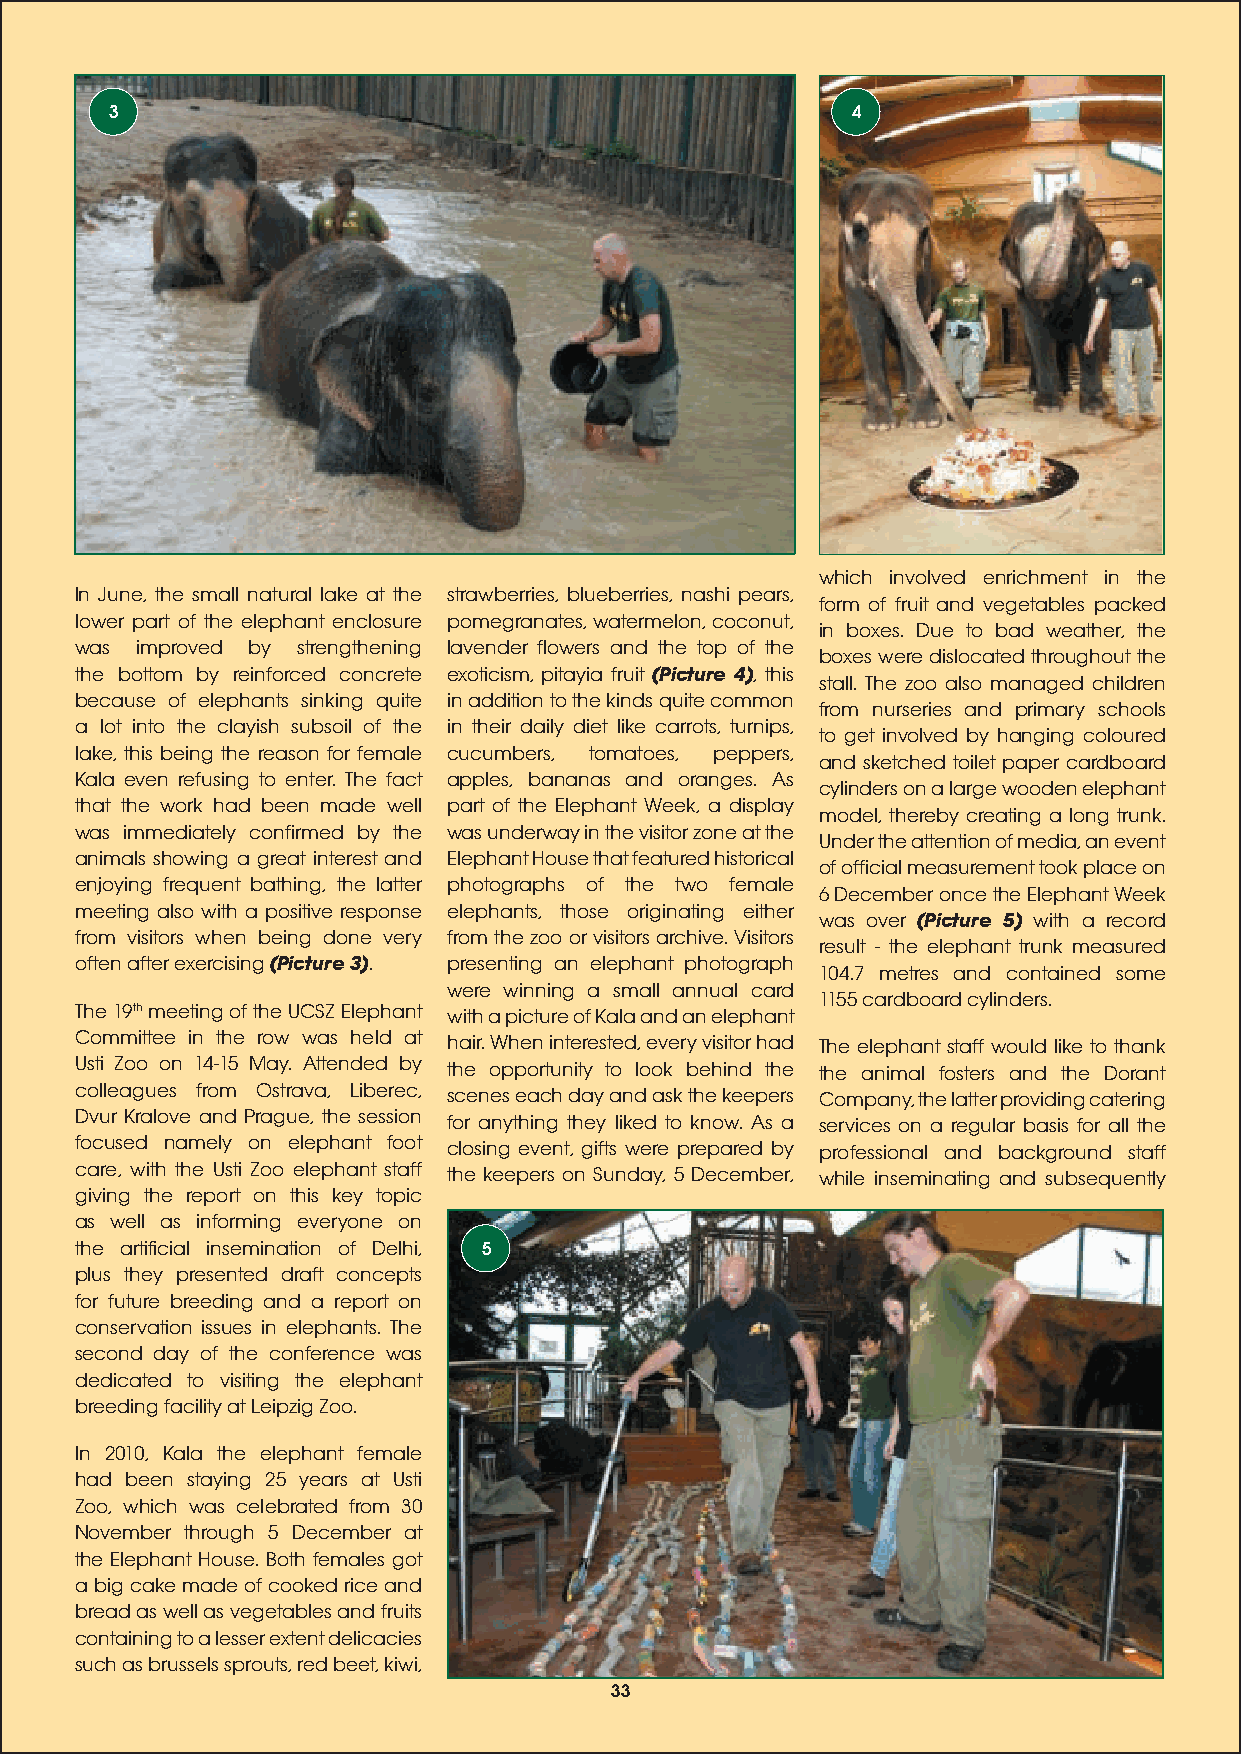
3                                                4
 which involved enrichment in the
 In June, the small natural lake at the strawberries, blueberries, nashi pears,
 form of fruit and vegetables packed
 lower part of the elephant enclosure pomegranates, watermelon, coconut,
 in boxes. Due to bad weather, the
 was improved by strengthening lavender flowers and the top of the
 boxes were dislocated throughout the
 the bottom by reinforced concrete exoticism, pitayia fruit (Picture 4), this
 stall. The zoo also managed children
 because of elephants sinking quite in addition to the kinds quite common
 from nurseries and primary schools
 a lot into the clayish subsoil of the in their daily diet like carrots, turnips,
 to get involved by hanging coloured
 lake, this being the reason for female cucumbers, tomatoes, peppers,
 and sketched toilet paper cardboard
 Kala even refusing to enter. The fact apples, bananas and oranges. As
 cylinders on a large wooden elephant
 that the work had been made well part of the Elephant Week, a display
 model, thereby creating a long trunk.
 was immediately confirmed by the was underway in the visitor zone at the
 Under the attention of media, an event
 animals showing a great interest and Elephant House that featured historical
 of official measurement took place on
 enjoying frequent bathing, the latter photographs of the two female
 6 December once the Elephant Week
 meeting also with a positive response elephants, those originating either
 was over (Picture 5) with a record
 from visitors when being done very from the zoo or visitors archive. Visitors
 result - the elephant trunk measured
 often after exercising (Picture 3). presenting an elephant photograph
 104.7 metres and contained some
 were winning a small annual card
 1155 cardboard cylinders.
 The 19th meeting of the UCSZ Elephant with a picture of Kala and an elephant
 Committee in the row was held at hair. When interested, every visitor had The elephant staff would like to thank
 Usti Zoo on 14-15 May. Attended by the opportunity to look behind the the animal fosters and the Dorant
 colleagues from Ostrava, Liberec, scenes each day and ask the keepers Company, the latter providing catering
 Dvur Kralove and Prague, the session for anything they liked to know. As a services on a regular basis for all the
 focused namely on elephant foot closing event, gifts were prepared by professional and background staff
 care, with the Usti Zoo elephant staff the keepers on Sunday, 5 December, while inseminating and subsequently
 giving the report on this key topic
 as well as informing everyone on
 the artificial insemination of Delhi, 5
 plus they presented draft concepts
 for future breeding and a report on
 conservation issues in elephants. The
 second day of the conference was
 dedicated to visiting the elephant
 breeding facility at Leipzig Zoo.
 In 2010, Kala the elephant female
 had been staying 25 years at Usti
 Zoo, which was celebrated from 30
 November through 5 December at
 the Elephant House. Both females got
 a big cake made of cooked rice and
 bread as well as vegetables and fruits
 containing to a lesser extent delicacies
 such as brussels sprouts, red beet, kiwi,
 33